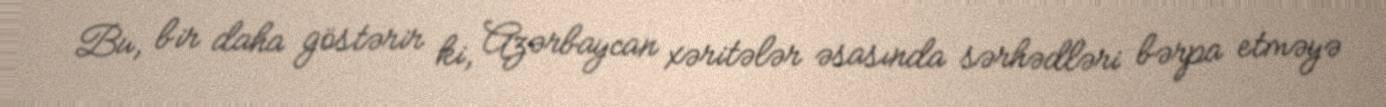
Bu, bir daha göstərir ki, Azərbaycan xəritələr əsasında sərhədləri bərpa etməyə